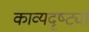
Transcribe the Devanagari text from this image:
काव्यदृष्ट्या